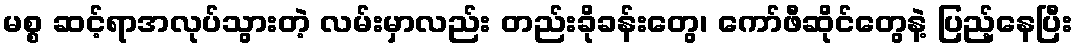
မစ္စ ဆင့်ရာအလုပ်သွားတဲ့ လမ်းမှာလည်း တည်းခိုခန်းတွေ၊ ကော်ဖီဆိုင်တွေနဲ့ ပြည့်နေပြီး